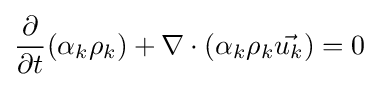
{\frac {\partial }{\partial t}}(\alpha _{k}\rho _{k})+\nabla \cdot (\alpha _{k}\rho _{k}{\vec {u_{k}}})=0